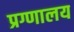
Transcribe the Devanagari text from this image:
प्रग्णालय